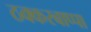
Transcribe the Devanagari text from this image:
ठक्करबाप्पा